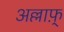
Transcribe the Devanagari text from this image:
अल्लाफ़्‌